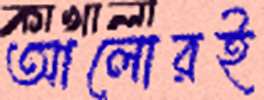
আলোরই